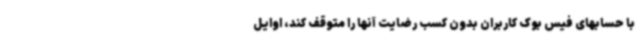
با حسابهای فیس بوک کاربران بدون کسب رضایت آنها را متوقف کند، اوایل